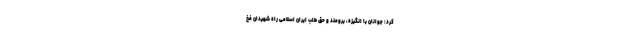
کرد: جوانان با انگیزه، برومند و حق طلب ایران اسلامی راه شهیدان فخ